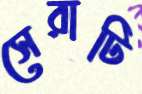
সেরাটি